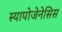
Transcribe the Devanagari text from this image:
स्यापोजेनेसिस